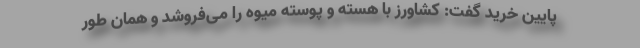
پایین خرید گفت: کشاورز با هسته و پوسته میوه را می‌فروشد و همان‌ طور